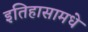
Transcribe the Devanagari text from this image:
इतिहासामधे